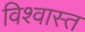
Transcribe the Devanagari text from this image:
विश्वास्त